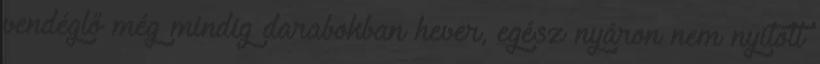
vendéglő még mindig darabokban hever, egész nyáron nem nyitott